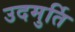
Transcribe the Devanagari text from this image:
उदमुर्ति